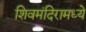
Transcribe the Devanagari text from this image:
शिवमंदिरामध्ये